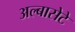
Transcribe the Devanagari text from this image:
अल्बासेटे